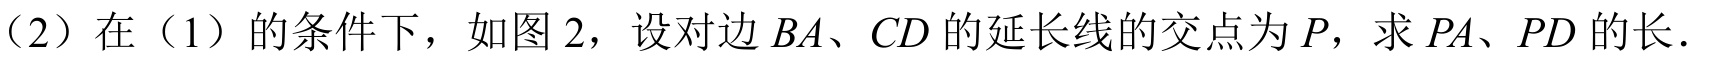
（2）在（1）的条件下，如图 2，设对边\(BA\)、\(CD\)的延长线的交点为\(P\)，求\(PA\)、\(PD\)的长．